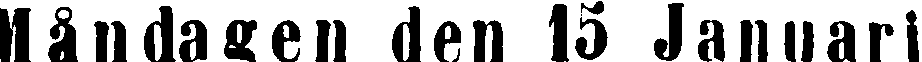
Måndagen den 15 Januari